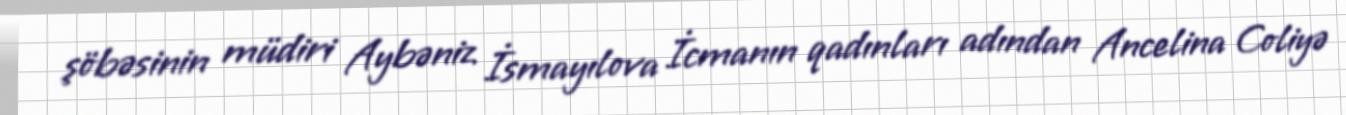
şöbəsinin müdiri Aybəniz İsmayılova İcmanın qadınları adından Ancelina Coliyə